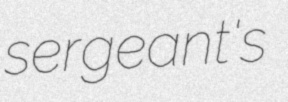
sergeant's